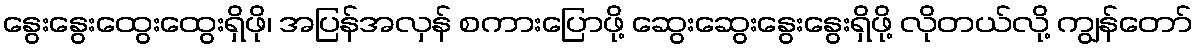
နွေးနွေးထွေးထွေးရှိဖို၊ အပြန်အလှန် စကားပြောဖို့ ဆွေးဆွေးနွေးနွေးရှိဖို့ လိုတယ်လို့ ကျွန်တော်